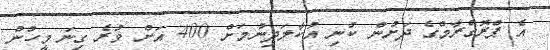
އެ ޕްރޮގްރާމްގެ ދަށުން ކުނި އުކާލަދިނުމަށް 400 އަށް ވުރެ ގިނަ މީހުން